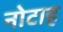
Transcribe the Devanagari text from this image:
नोटाह